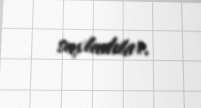
saxladılar.